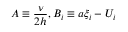
A \equiv \frac { \nu } { 2 h } , B _ { i } \equiv a \xi _ { i } - U _ { i }